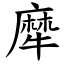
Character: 犘